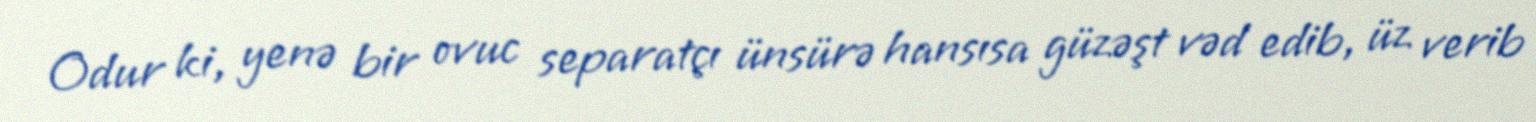
Odur ki, yenə bir ovuc separatçı ünsürə hansısa güzəşt vəd edib, üz verib